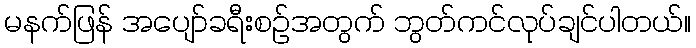
မနက်ဖြန် အပျော်ခရီးစဉ်အတွက် ဘွတ်ကင်လုပ်ချင်ပါတယ်။